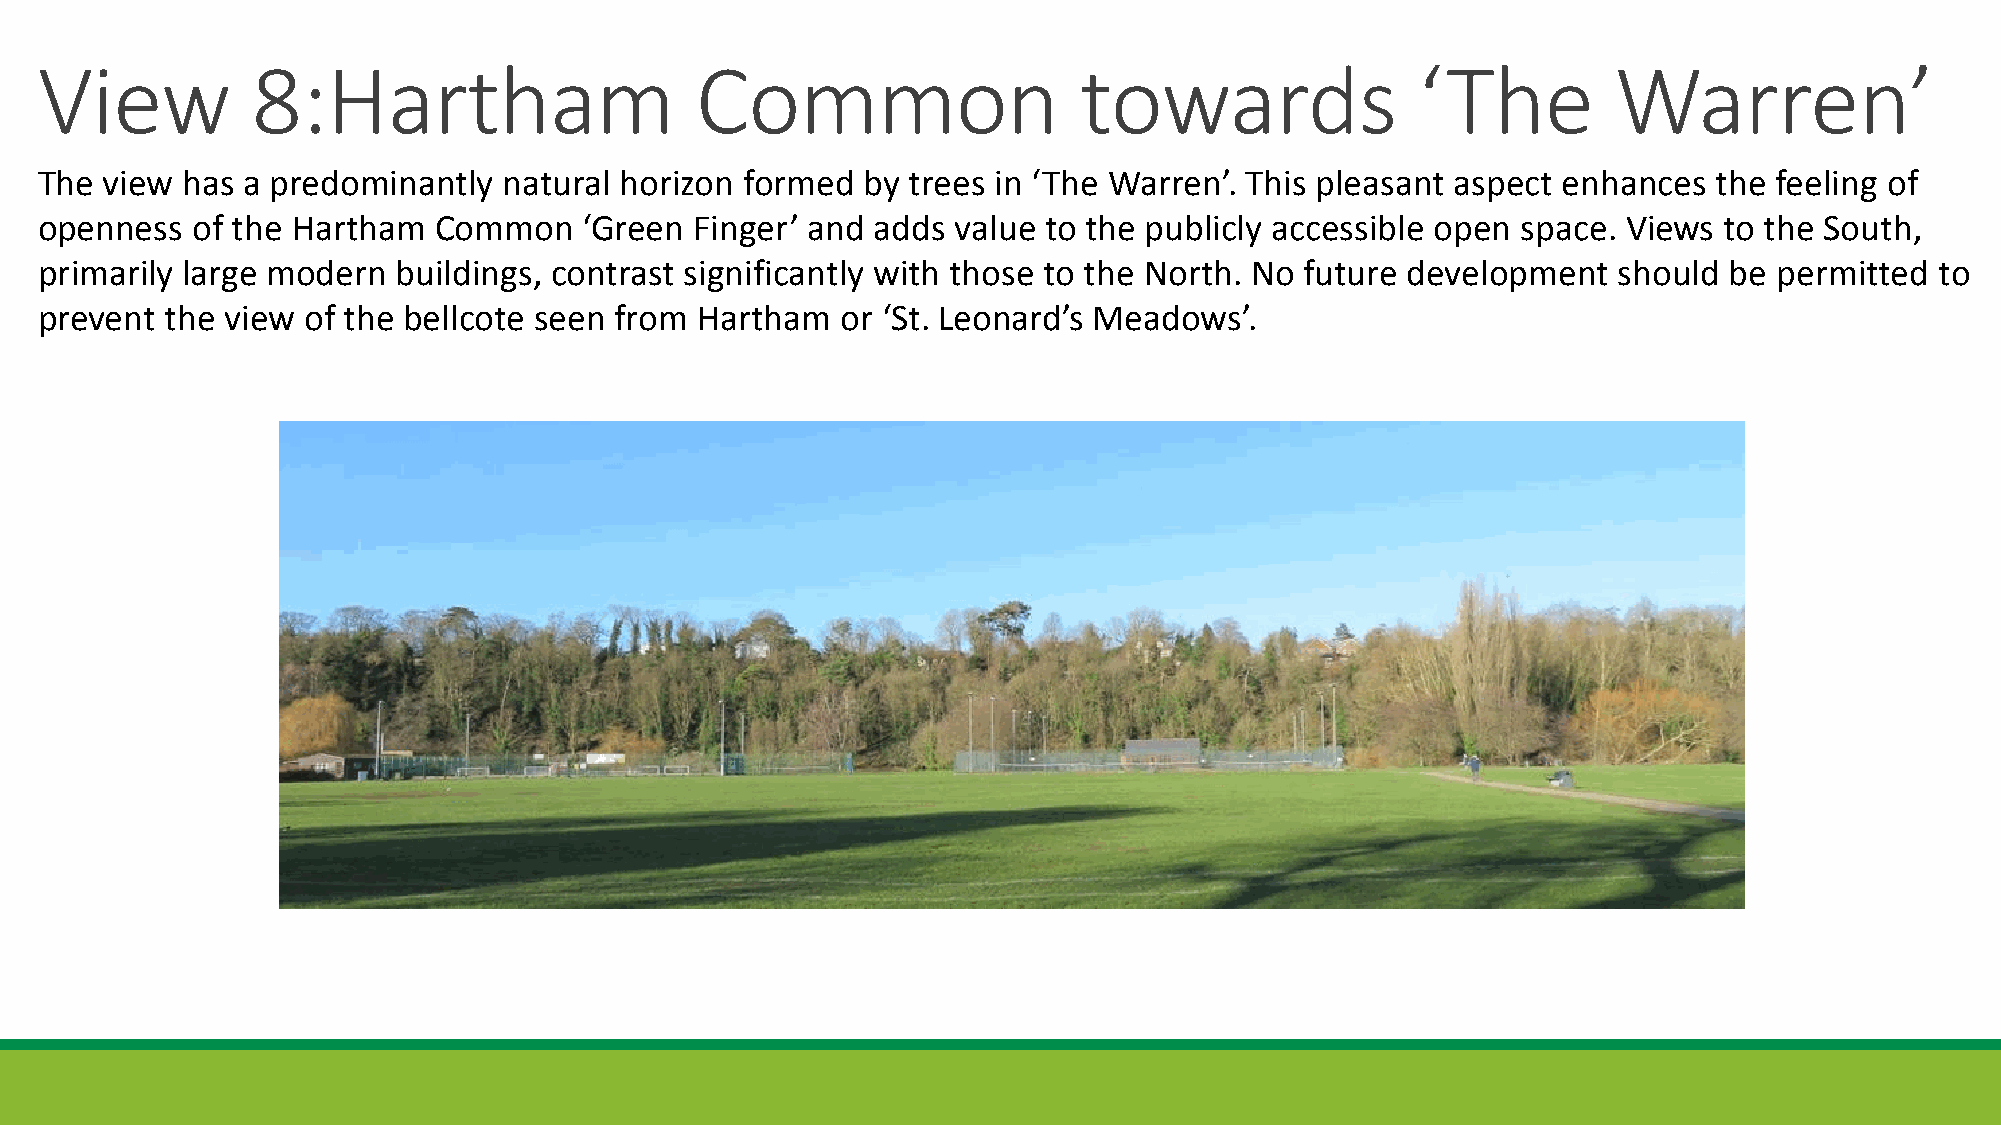
View           8:Hartham                    Common                   towards                ‘The         Warren’
 The  view has a predominantly  natural horizon formed  by trees in ‘The Warren’. This pleasant aspect enhances  the feeling of
 openness   of the Hartham  Common    ‘Green Finger’ and adds value to the publicly accessible open space. Views to the South,
 primarily large modern  buildings, contrast significantly with those to the North. No future development should be  permitted to
 prevent  the view of the bellcote seen from Hartham   or ‘St. Leonard’s Meadows’.